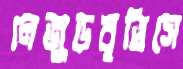
লেজুড়বৃত্তিসে